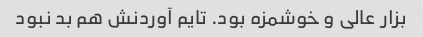
بزار عالی و خوشمزه بود. تایم آوردنش هم بد نبود